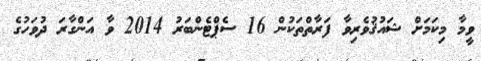
ވީމާ މިކަމަށް ޝައުޤުވެރިވާ ފަރާތްތަކުން 16 ސެޕްޓެންބަރު 2014 ވާ އަންގާރަ ދުވަހުގެ